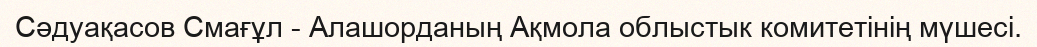
Сәдуақасов Смағұл - Алашорданың Ақмола облыстык комитетінің мүшесі.